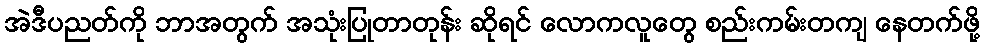
အဲဒီပညတ်ကို ဘာအတွက် အသုံးပြုတာတုန်း ဆိုရင် လောကလူတွေ စည်းကမ်းတကျ နေတက်ဖို့